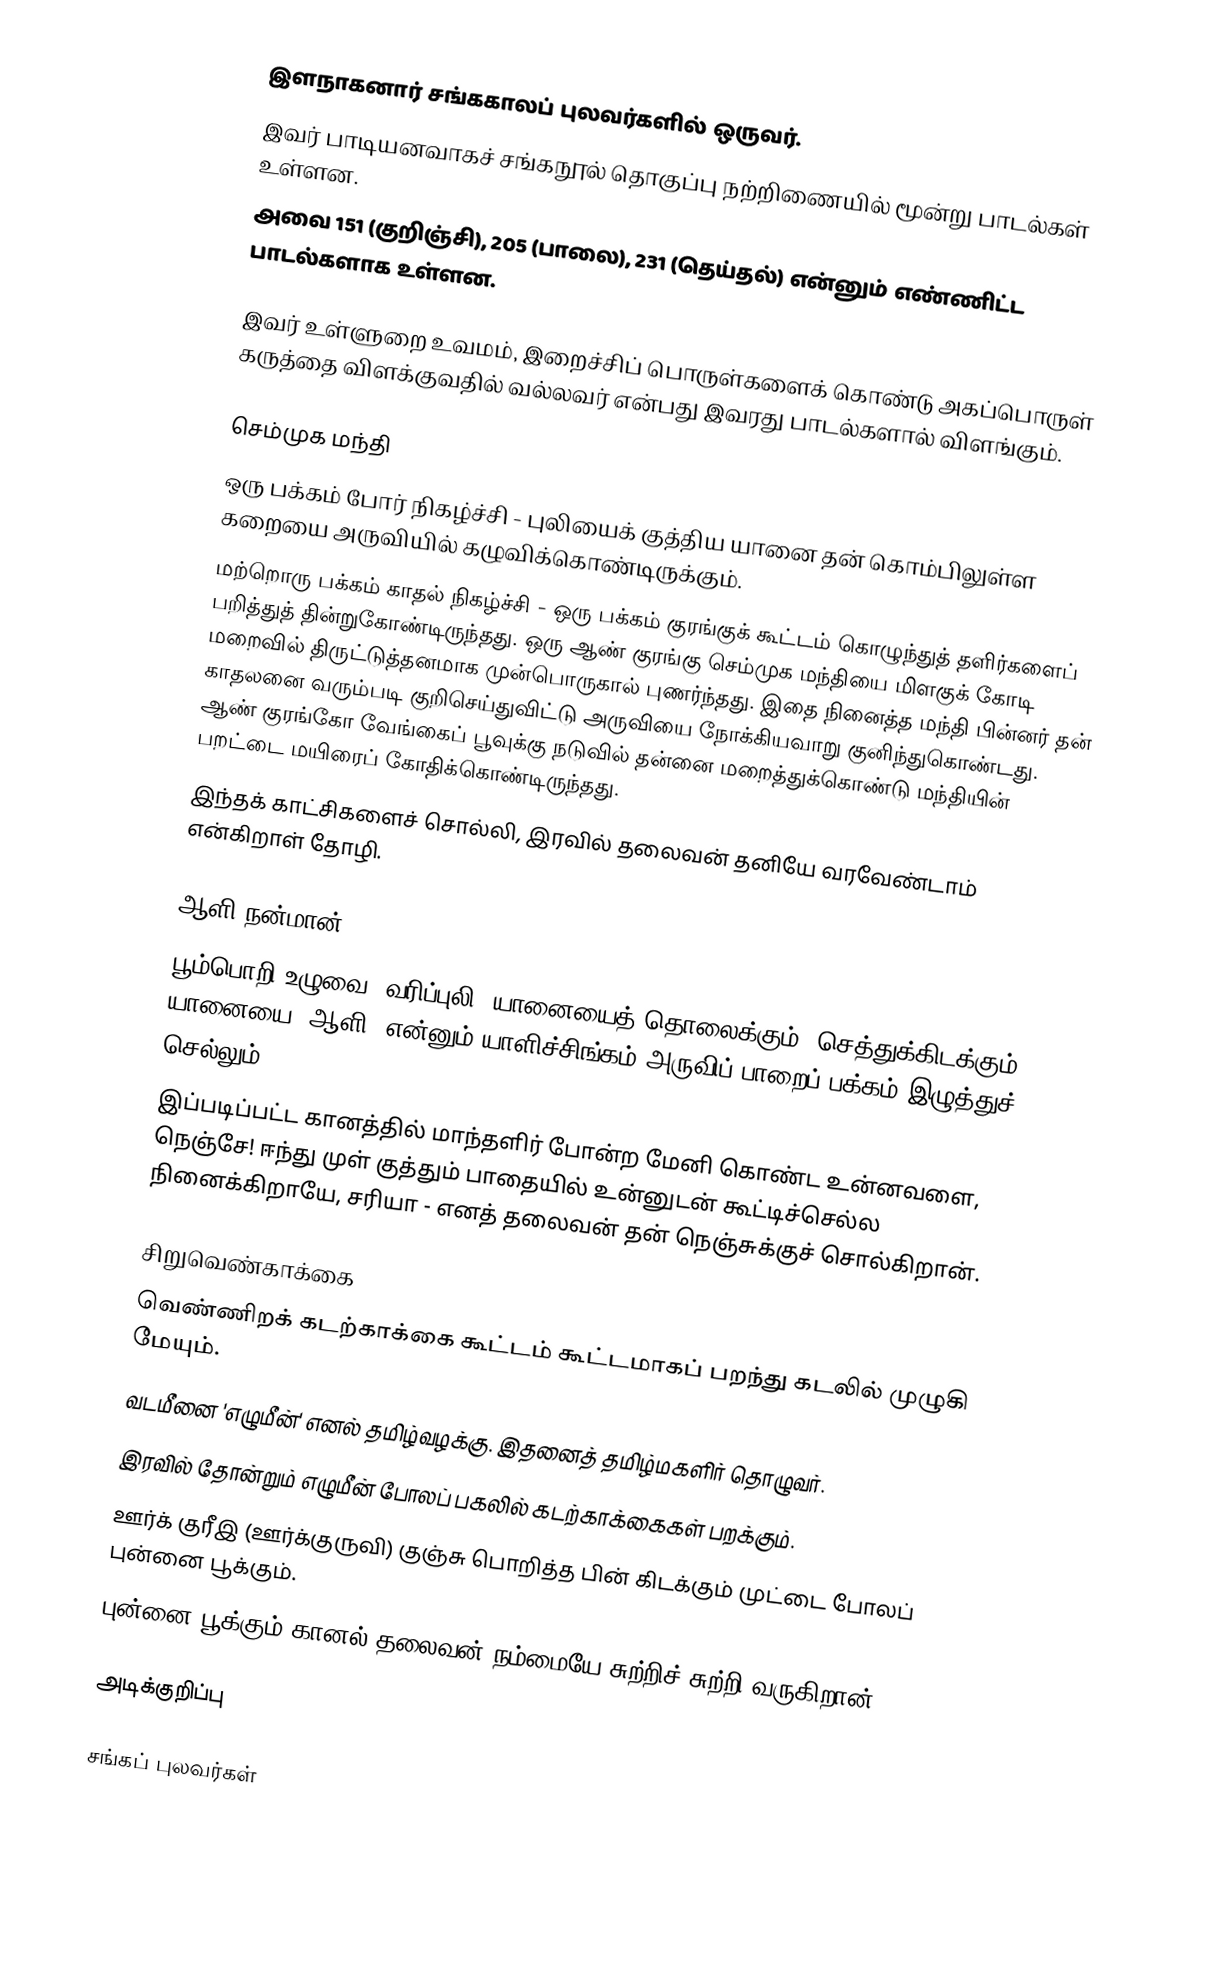
இளநாகனார் சங்ககாலப் புலவர்களில் ஒருவர்.
இவர் பாடியனவாகச் சங்கநூல் தொகுப்பு நற்றிணையில் மூன்று பாடல்கள் உள்ளன.
அவை 151 (குறிஞ்சி), 205 (பாலை), 231 (தெய்தல்) என்னும் எண்ணிட்ட பாடல்களாக உள்ளன.

இவர் உள்ளுறை உவமம், இறைச்சிப் பொருள்களைக் கொண்டு அகப்பொருள் கருத்தை விளக்குவதில் வல்லவர் என்பது இவரது பாடல்களால் விளங்கும்.

செம்முக மந்தி
 ஒரு பக்கம் போர் நிகழ்ச்சி - புலியைக் குத்திய யானை தன் கொம்பிலுள்ள கறையை அருவியில் கழுவிக்கொண்டிருக்கும்.
 மற்றொரு பக்கம் காதல் நிகழ்ச்சி - ஒரு பக்கம் குரங்குக் கூட்டம் கொழுந்துத் தளிர்களைப் பறித்துத் தின்றுகோண்டிருந்தது. ஒரு ஆண் குரங்கு செம்முக மந்தியை மிளகுக் கோடி மறைவில் திருட்டுத்தனமாக முன்பொருகால் புணர்ந்தது. இதை நினைத்த மந்தி பின்னர் தன் காதலனை வரும்படி குறிசெய்துவிட்டு அருவியை நோக்கியவாறு குனிந்துகொண்டது. ஆண் குரங்கோ வேங்கைப் பூவுக்கு நடுவில் தன்னை மறைத்துக்கொண்டு மந்தியின் பறட்டை மயிரைப் கோதிக்கொண்டிருந்தது.
இந்தக் காட்சிகளைச் சொல்லி, இரவில் தலைவன் தனியே வரவேண்டாம் என்கிறாள் தோழி.

ஆளி நன்மான்
 பூம்பொறி உழுவை (வரிப்புலி) யானையைத் தொலைக்கும். செத்துக்கிடக்கும் யானையை 'ஆளி' என்னும் யாளிச்சிங்கம் அருவிப் பாறைப் பக்கம் இழுத்துச் செல்லும்.
இப்படிப்பட்ட கானத்தில் மாந்தளிர் போன்ற மேனி கொண்ட உன்னவளை, நெஞ்சே! ஈந்து முள் குத்தும் பாதையில் உன்னுடன் கூட்டிச்செல்ல நினைக்கிறாயே, சரியா - எனத் தலைவன் தன் நெஞ்சுக்குச் சொல்கிறான்.

சிறுவெண்காக்கை
 வெண்ணிறக் கடற்காக்கை கூட்டம் கூட்டமாகப் பறந்து கடலில் முழுகி மேயும்.
 வடமீனை 'எழுமீன்' எனல் தமிழ்வழக்கு. இதனைத் தமிழ்மகளிர் தொழுவர்.
 இரவில் தோன்றும் எழுமீன் போலப் பகலில் கடற்காக்கைகள் பறக்கும்.
 ஊர்க் குரீஇ (ஊர்க்குருவி) குஞ்சு பொறித்த பின் கிடக்கும் முட்டை போலப் புன்னை பூக்கும்.
புன்னை பூக்கும் கானல் தலைவன் நம்மையே சுற்றிச் சுற்றி வருகிறான்.

அடிக்குறிப்பு

சங்கப் புலவர்கள்